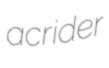
acrider